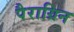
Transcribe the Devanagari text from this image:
पैराग्रिन